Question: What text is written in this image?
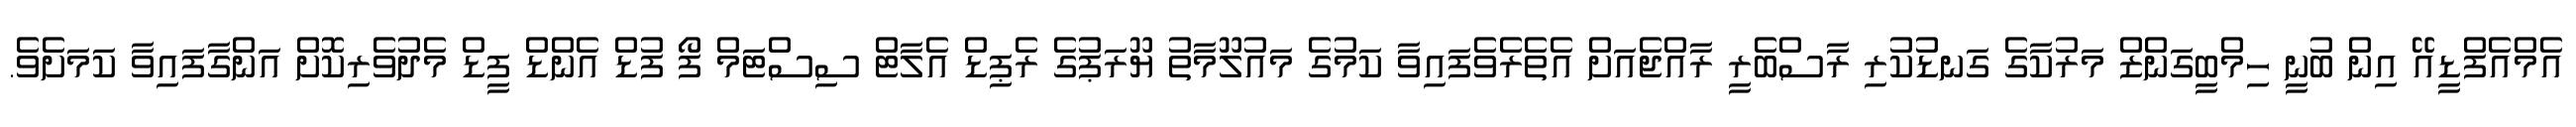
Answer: އެމްއެފްޑީއޭ އިން ބުނީ ހިމްބީގަންޒް މަރުކާގެ ގަނޑުކުރި ރާސްބެރީ ރާއްޖެއަށް އެތެރެވެފައިވާ ކަމުގެ މައުލޫމާތު ޔޫރަޕުގެ ރެޕިޑް އެލާޓް ސިސްޓަމް ފޯ ފުޑް އެންޑް ފީޑް މެދުވެރިކޮށް އަންގާފައިވާ ކަމަށެވެ.